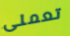
تعملى